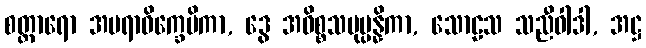
စတ္တာရော အမရာဝိက္ခေပိကာ, ဒွေ အဓိစ္စသမုပ္ပန္နိကာ, သောဠသ သညီဝါဒါ, အဋ္ဌ